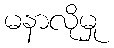
မနာလိုမှု